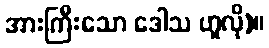
အားကြီးသော ဒေါသ ဟူလို)။